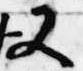
又